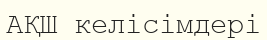
АҚШ келісімдері